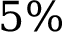
5 \%